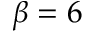
\beta = 6